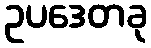
ဥပဒေတခု